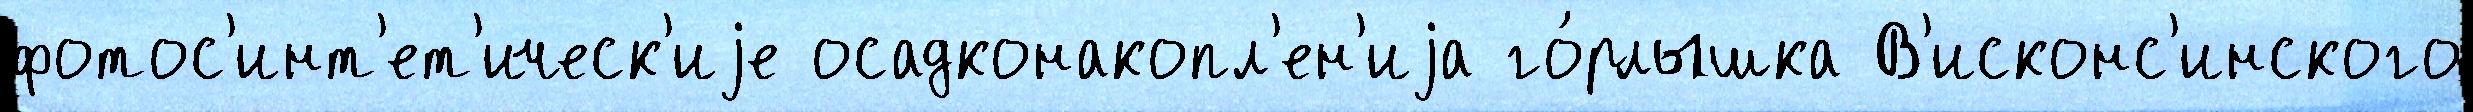
фотос'инт'ет'ическ'иjе осадконакопл'ен'иjа го́рлышка В'исконс'инского